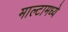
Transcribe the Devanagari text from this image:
माल्टामध्ये